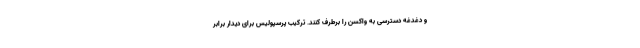
و دغدغه دسترسی به واکسن را برطرف کنند. ترکیب پرسپولیس برای دیدار برابر